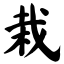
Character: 栽